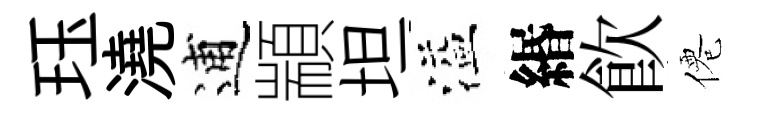
珏澆逋顓坦溢緡飮僊